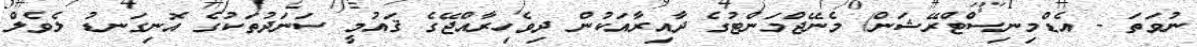
ނުވަތަ - އެޑްމިނިސްޓްރޭޝަން/ މެނޭޖްމަންޓުގެ ދާއިރާއަކުން ދިވެހިރާއްޖޭގެ ޤައުމީ ސަނަދުތަކުގެ އޮނިގަނޑު ލެވެލް